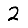
Digit: 2